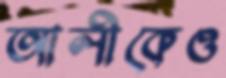
আলীকেও